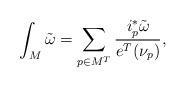
LaTeX: \begin{align*}\int_M \tilde{\omega} = \sum_{p \in M^T} \frac{i_p^* \tilde{\omega}}{e^T(\nu_p)},\end{align*}